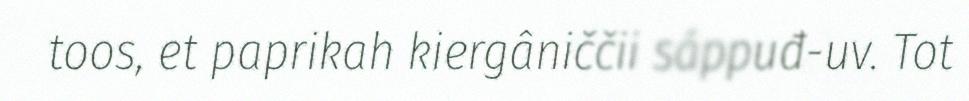
toos, et paprikah kiergâniččii sáppuđ-uv. Tot